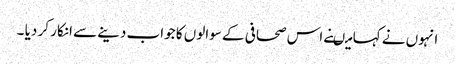
انہوں نے کہا میںنے اس صحافی کے سوالوں کا جواب دینے سے انکار کر دیا ۔